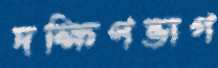
দক্ষিণভাগ